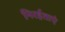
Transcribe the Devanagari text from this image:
निरर्हताएं